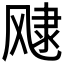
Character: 𲋑